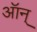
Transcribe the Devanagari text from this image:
ऑन्